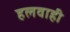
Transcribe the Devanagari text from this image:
हलवाही